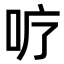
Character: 𭇘